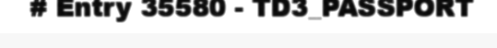
# Entry 35580 - TD3_PASSPORT